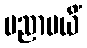
ပညာပယိံ